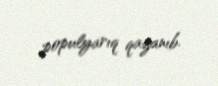
populyarıq qazanıb.